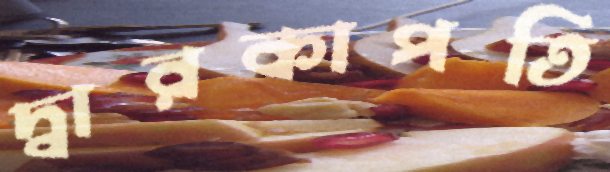
দ্বারকাপতি